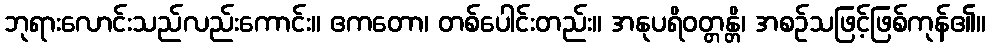
ဘုရားလောင်းသည်လည်းကောင်း။ ဧကတော၊ တစ်ပေါင်းတည်း။ အနုပရိဝတ္တန္တိ၊ အစဉ်သဖြင့်ဖြစ်ကုန်၏။